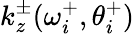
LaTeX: k_{z}^{\pm}(\omega_{i}^{+},\theta_{i}^{+})